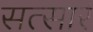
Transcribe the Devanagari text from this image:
सत्सार॔